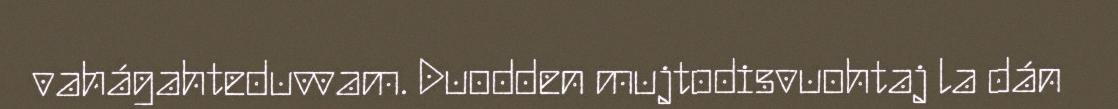
vahágahteduvvam. Duodden mujtodisvuohtaj la dán